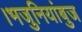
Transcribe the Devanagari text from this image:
।भजुनियांबुज